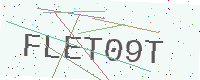
Text: FLET09T